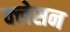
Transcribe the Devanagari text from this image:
क्‍लेसन